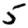
Digit: 5